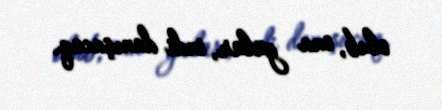
olub, ona gülür, indi danışacaq.